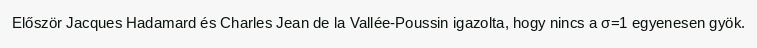
Először Jacques Hadamard és Charles Jean de la Vallée-Poussin igazolta, hogy nincs a σ=1 egyenesen gyök.